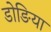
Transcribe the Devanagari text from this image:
डोङिया